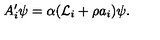
A _ { i } ^ { \prime } \psi = \alpha ( { \cal L } _ { i } + \rho a _ { i } ) \psi .